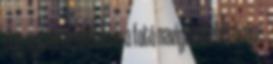
úgy nyitva áll előtted is a fotó navigáció lehetősége.